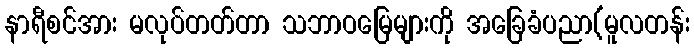
နာရီစင်အား မလုပ်တတ်တာ သဘာဝမြေများကို အခြေခံပညာ(မူလတန်း